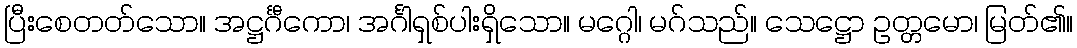
ပြီးစေတတ်သော။ အဋ္ဌင်္ဂီကော၊ အင်္ဂါရှစ်ပါးရှိသော။ မဂ္ဂေါ၊ မဂ်သည်။ သေဋ္ဌော ဥတ္တမော၊ မြတ်၏။